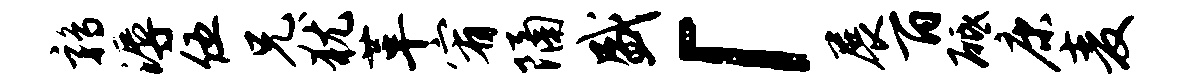
鹑溽伍兄犹革宥隔盛「展百砥康麦